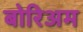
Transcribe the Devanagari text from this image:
बोरिअम